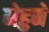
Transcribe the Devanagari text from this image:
मेहुने